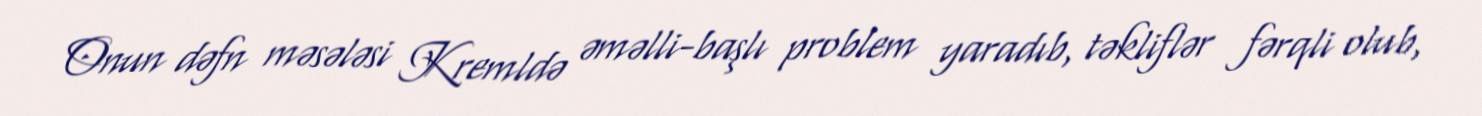
Onun dəfn məsələsi Kremldə əməlli-başlı problem yaradıb, təkliflər fərqli olub,